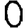
Digit: 0